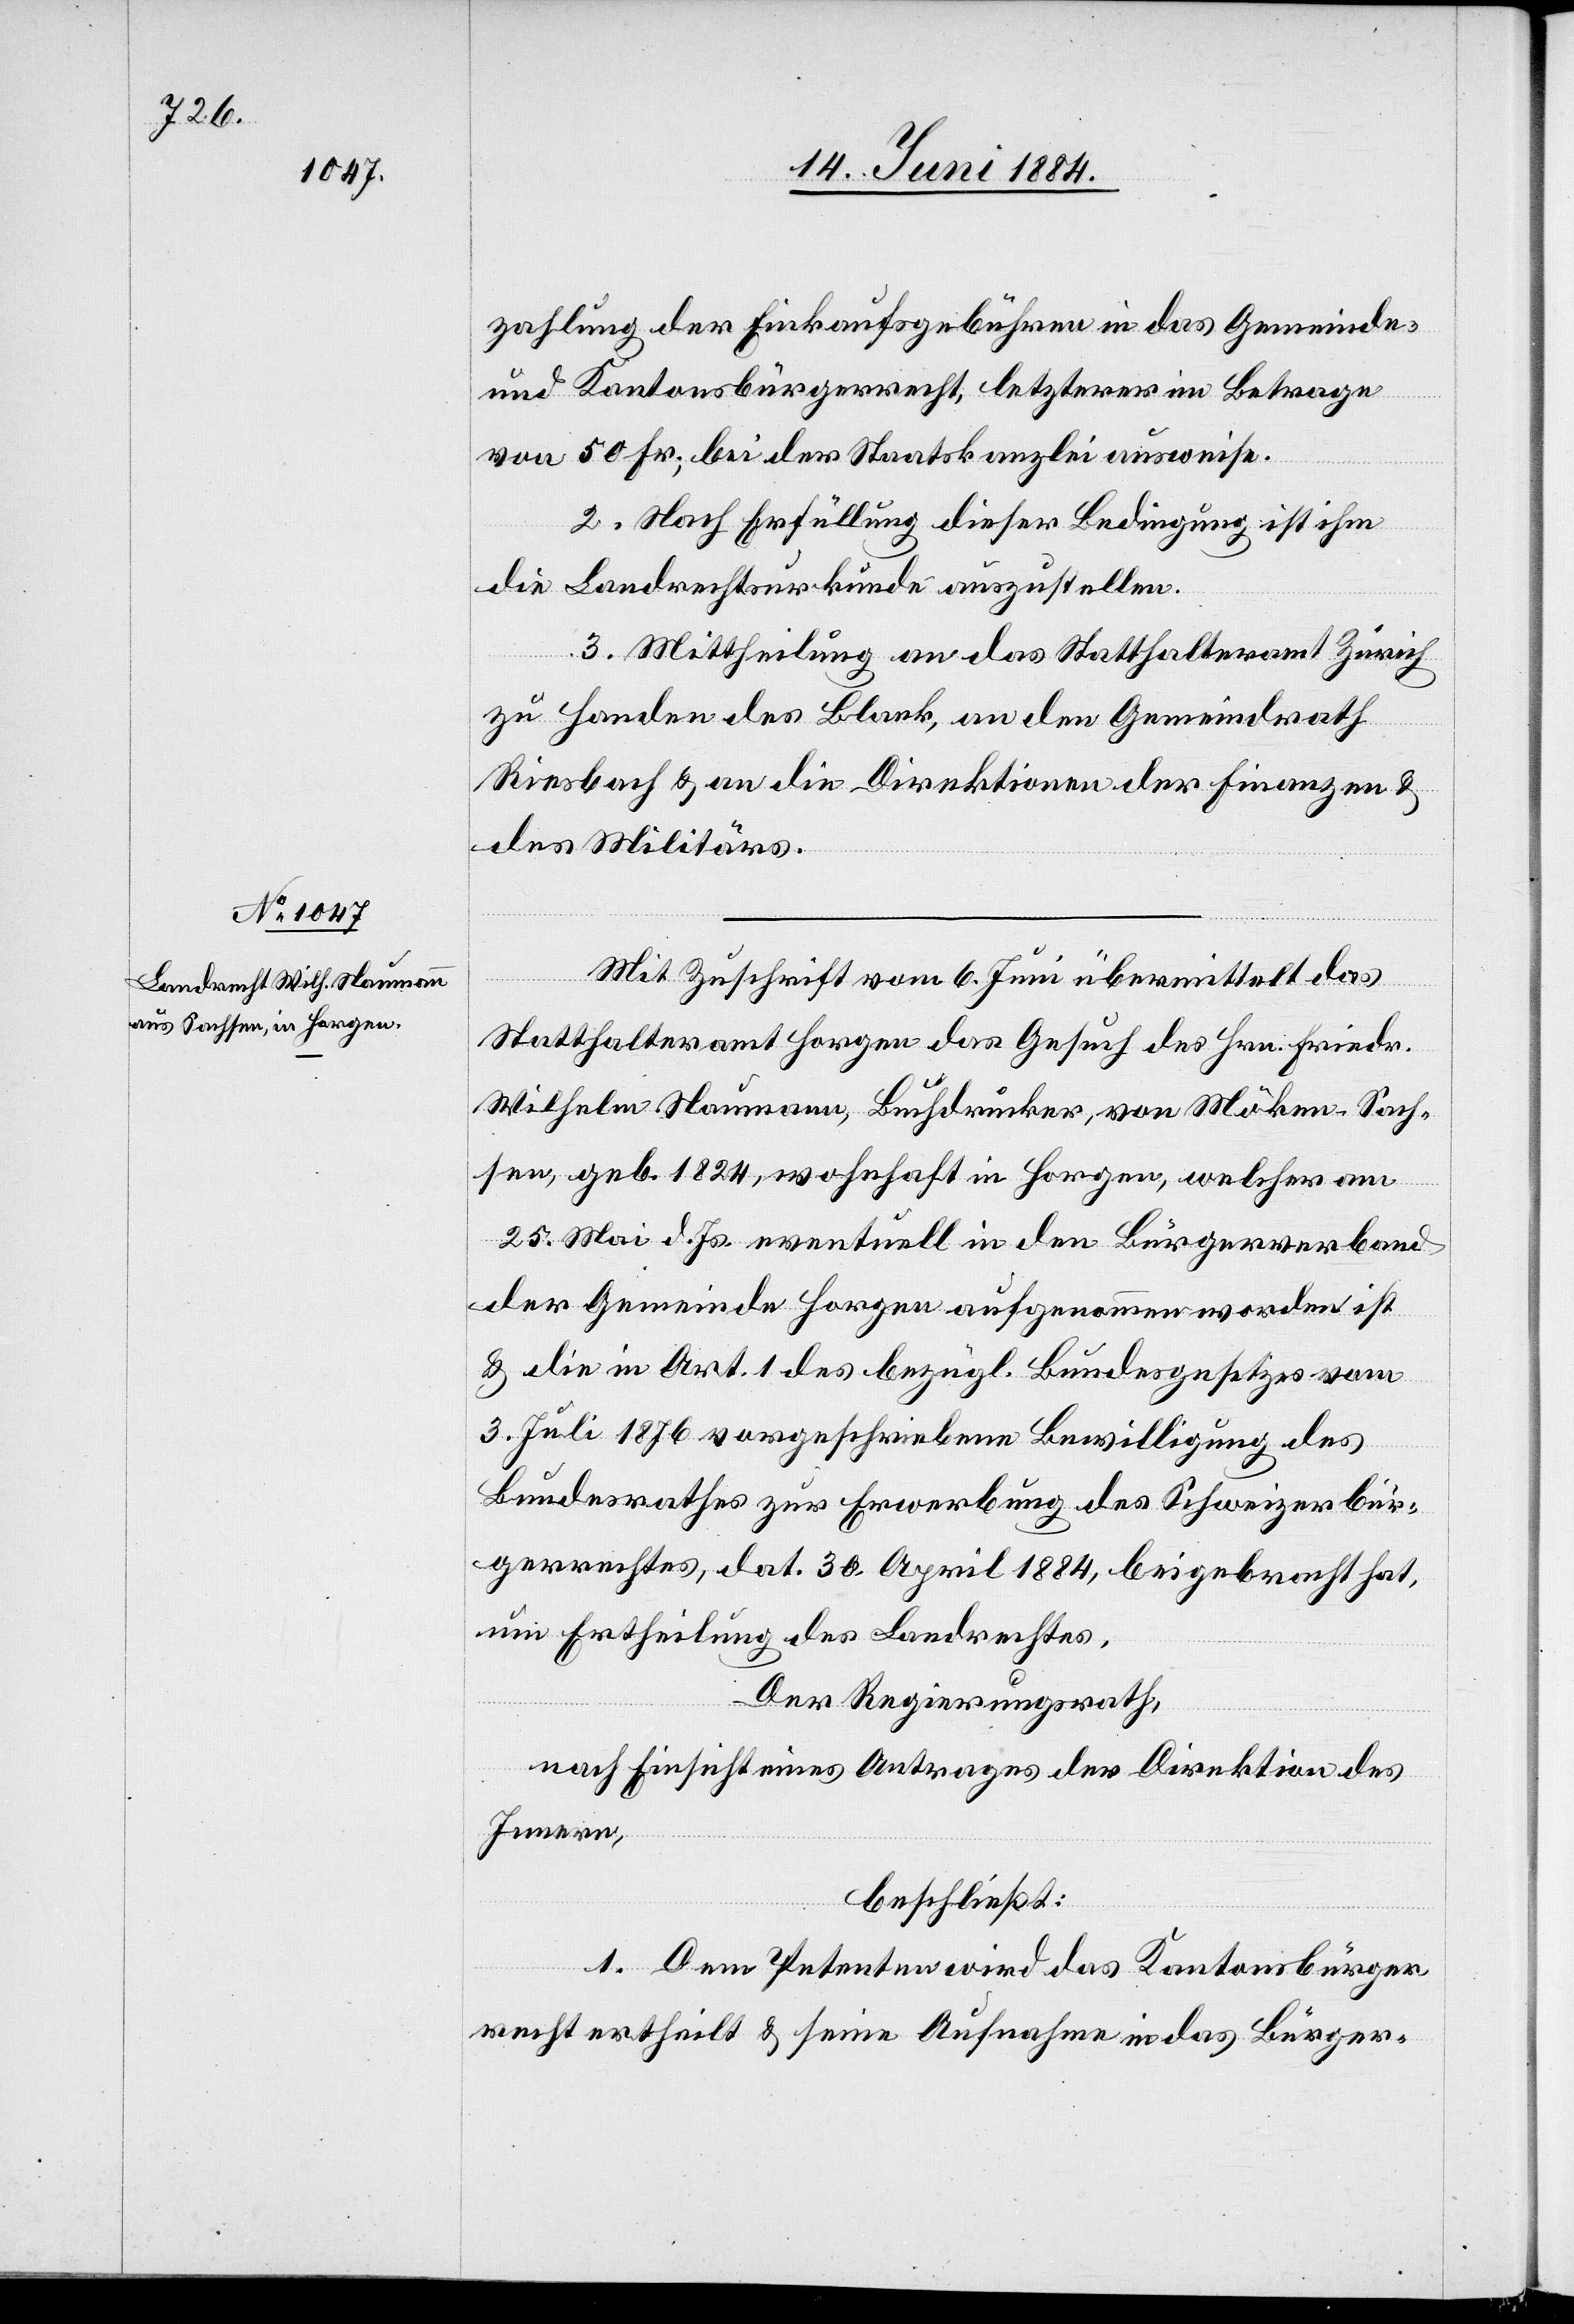
zahlung der Einkaufsgebühren in das Gemeinde-
und Kantonsbürgerrecht, letzterer im Betrage
te:
von 50 Fr., bei der Staatskanzlei ausweise.
2. Nach Erfüllung dieser Bedingung ist ihm
die Landrechtsurkunde auszustellen.
3. Mittheilung an das Statthalteramt Zürich
zu Handen des Blank, an den Gemeindrath
Riesbach & an die Direktionen der Finanzen &
des Militärs.
Möckern] - Sach¬
Mit Zuschrift vom 6. Juni übermittelt das
Statthalteramt Horgen das Gesuch des Hrn. Friedr.
Wilhelm Naumann, Buchdrucker, von Möken [rec¬
sen, geb. 1824, wohnhaft in Horgen, welcher am
25. Mai d. Js. eventuell in den Bürgerverband
der Gemeinde Horgen aufgenommen worden ist
& die in Art. 1 des bezügl. Bundesgesetzes vom
3. Juli 1876 vorgeschriebenen Bewilligung des
Bundesrathes zur Erwerbung des Schweizerbür¬
gerrechtes, dat. 30. April 1884, beigebracht hat,
um Ertheilung des Landrechtes.
Der Regierungsrath,
nach Einsicht eines Antrages der Direktion des
Innern,
beschließt:
1. Dem Petenten wird das Kantonsbürger¬
recht ertheilt & seine Aufnahme in das Bürger-